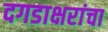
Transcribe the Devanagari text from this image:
दगडाक्षरांचा